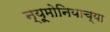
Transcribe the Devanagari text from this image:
न्यूमोनियाच्या